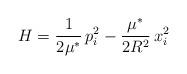
LaTeX: \begin{align*}H=\frac{1}{2\mu^{*}}\,p_{i}^{2}-\frac{\mu^{*}}{2R^{2}}\,x_{i}^{2}\end{align*}